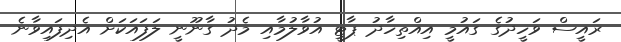
ރައީސް ވަހީދުގެ ގައުމީ އިއްތިހާދު ޕާޓީ އުވާލުމާއި މެެދު ގާނޫނީ ލަފައަކަށް އެދިފައިވާނެ